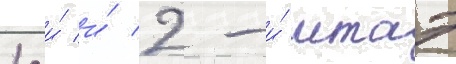
1-и́ и́ 2-и́ мтаэ